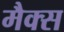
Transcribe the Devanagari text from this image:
मैक्‍स